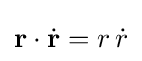
\mathbf {r} \cdot {\dot {\mathbf {r} }}=r\,{\dot {r}}